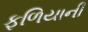
ફળિયાની